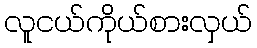
လူငယ်ကိုယ်စားလှယ်